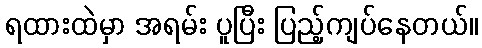
ရထားထဲမှာ အရမ်း ပူပြီး ပြည့်ကျပ်နေတယ်။